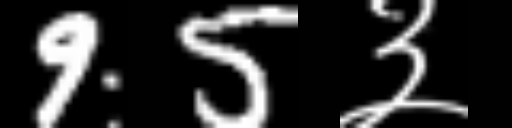
Text: 95३